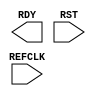
// $Header: /devl/xcs/repo/env/Databases/CAEInterfaces/verplex_libs/data/simprims/Attic/X_IDELAYCTRL.v,v 1.1.2.1 2004/09/28 20:47:46 wloo Exp $

`timescale 1 ps / 1 ps 

module X_IDELAYCTRL (RDY, REFCLK, RST);

    output RDY;
    input REFCLK;
    input RST;

endmodule // X_IDELAYCTRL